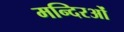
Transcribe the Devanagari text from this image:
मन्दिरओं